Leaving Certificate Examination, 1909
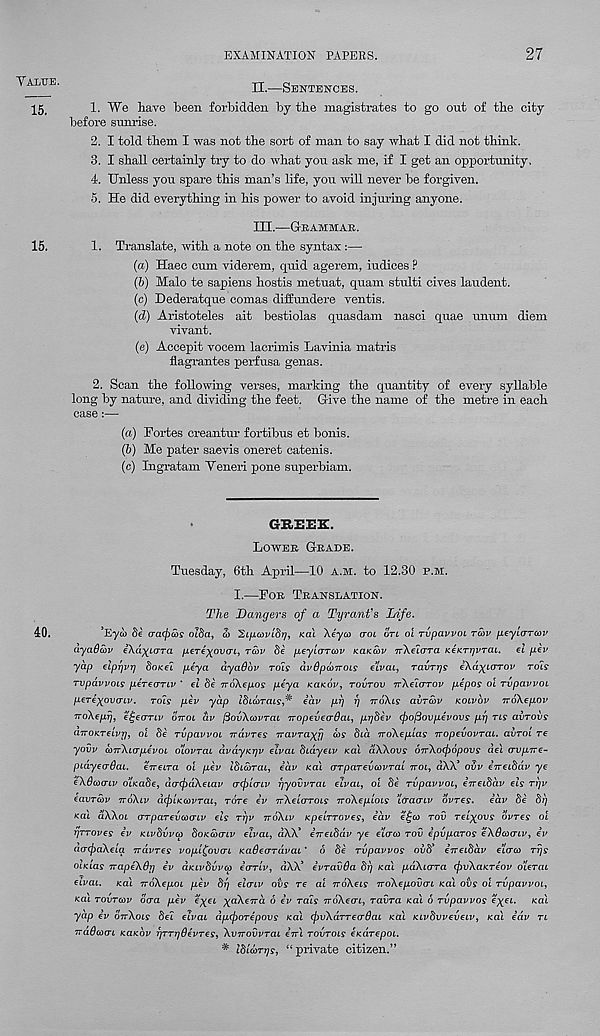
EXAMINATION PAPERS.
27
II.
—
1. We have heen forbidden, by the magistrates to go out of the city
before sunrise.
2. I told them I was not the sort of man to say what I did not think.
3. I shall certainly try to do what you ask me, if I get an opportunity,
4. Unless you spare this man’s life, you will never be forgiven.
5. He did everything in his imwer to avoid injuring anyone.
III.
—
1. Translate, with a note on the syntax:—
(а) Haec cum viderem, quid agerem, iudices P
(б) Malo te sapiens hostis metuat, quam stulti cives laudent.
(c) Dederatque comas diffundere ventis.
(d) Aristoteles ait bestiolas quasdam nasci quae tmum diem
vivant.
(e) Accepit vocem lacrimis Lavinia matris
flagrantes perfusa genas.
2. Scan the following verses, marking the quantity of every syllable
long by nature, and dividing the feet. Give the name of the metre in each
case:—
(а) Fortes creantur fortibus et bonis.
(б) Me pater saevis oneret catenis.
(a) Ingratam Yeneri pone superbiam.
GREBE:.
LOWEE GEADE.
Tuesday, 6th April—10 A.M. to 12.30 P.M.
I.—FOB TBANSLATION.
The Dangers of a Tyrant’s Life.
’Eyd)
(ra(f)Q)S oida, a> StpcortS);, Kai Aeyco trot OTL oi rvpavvoi TCOV yeylaron'
ayadcov iXd^ujra /i€T6^ou(7t, TCOV be jieylaTCOv Katccov TcXeicrra KcKnjvraL.
el yev
yap elprjvrj bonei peya dyadbv rots dvdpdnrocs e’cvai, Tavrys eXd^toTor rois
rvpavvoLs pXreaTLV * el be irdkepos peya Kaicov, TOVTOV TeXeiorov pepos oi Tvpavvoc
pere-^ovaLv.
rods pev yap Ibcwracsf* edv prj rj TTOXLS avrcov KOIVOV noXepov
TroXepr], etjecTTiv orrot dv fiovXwvrai TropevecrOaL, ppbev tpojSovpevovs pr) res avrobe
airOKTelvT], oi be rvpavvOL irdvres iravrafp cos bid TroXepias iropevovrai. avrol re
yovv coerXccrpevoi olovrac dvdynyv eivcu bidyeiv KCU dXXovs oirXocpopovs ae\ crvpire-
pcayeo’daL.
e ere IT a oi pev IblMTat. idv Kai crTpaTevcovTai TTOI, dXX’ ovv eereibav ye
eXdcocnv oivabe, durfdXeiav (rejolcrcv pyovvTcu eivac, oi be Tvpavvoi, eireibav els Ti]v
eavrebv ITbXiv depiKcovTai, rdre iv TcXeiorois TroXeplois leraijcv bvTes.
eav be bl]
Kai dXXoc (TTpaTevcoenv els TTJV TTOXLV KpeLTTOves, edv efco TOV TCL^OVS OVTOS oi
pTTQves ev Kivbvino boKcocnv elvai, dXX’ eireibav ye eicrco TOV epvpaTos eXScomv. ev
aacfoaXela irdvTes vopfovm KaSeaTcavai * 6 be Tvpavvos ovb’ erreibav e’eaco Trjs
oiKias TrapeXQ-t] ev aKivbvveo ecrTLV, dXX’ evTavda brj Kai pdXierTa cjivXaKTeov oieTai
ecvac.
Kai TrbXepoi pev bp eleriv ort Te ai TTOXCIS iroXepovcjt KCU oils oi Tvpavvoc,
Kai TOVTCOV baa pev efei p^aXeerd d ev Tabs TTOXCOL, Tavra Kai 6 Tvpavvos efei. Kai
yap ev OTTXOLS bei eivai dpcjooTepovs Kai (frvXdrTecrdai Kai Kivbvvevecv, Kai edv re
iradcocTC KOKOV rjTTjjOevTes, XvTrovvTai eni TOVTOLS esaTepoi.
* tblcoTTjs, “i^rivate citizen.”